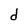
Character: d